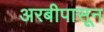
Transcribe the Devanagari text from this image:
अरबीपासून